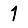
Digit: 1